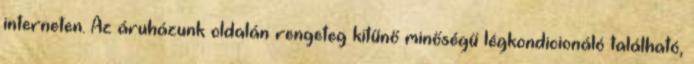
interneten. Az áruházunk oldalán rengeteg kitűnő minőségű légkondicionáló található,